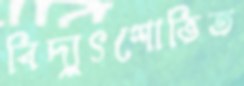
বিদ্যুৎশোভিত